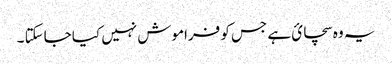
یہ وہ سچائ ہے جس کو فراموش نہیں کیا جاسکتا ۔